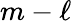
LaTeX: m-\ell